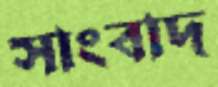
সাংবাদ